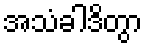
အသံခါဒိတွာ